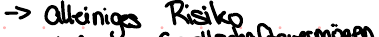
-> alleiniges Risiko